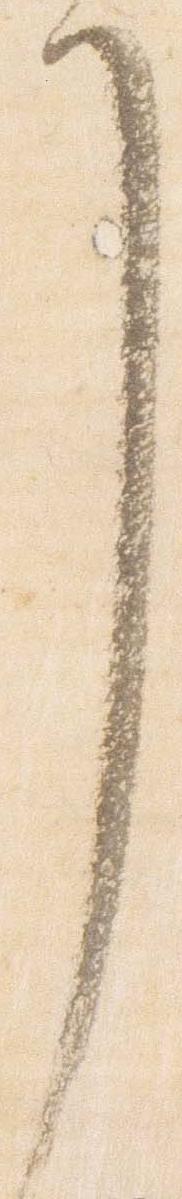
了